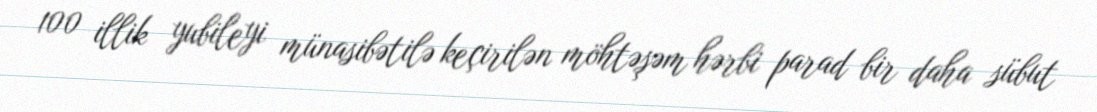
100 illik yubileyi münasibətilə keçirilən möhtəşəm hərbi parad bir daha sübut